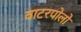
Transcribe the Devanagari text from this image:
वाटरपोलो